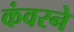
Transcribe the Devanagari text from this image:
कंवरने